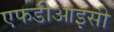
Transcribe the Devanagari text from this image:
एफडीआइसी